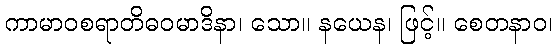
ကာမာဝစရာတိဓဝမာဒိနာ၊ သော။ နယေန၊ ဖြင့်။ စေတနာဝ၊